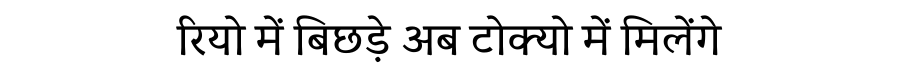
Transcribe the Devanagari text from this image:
रियो में बिछड़े अब टोक्यो में मिलेंगे